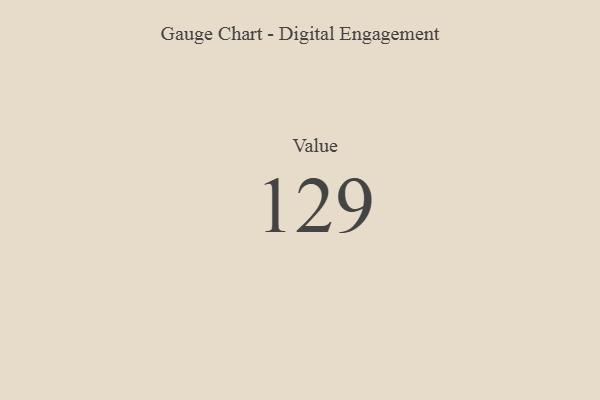
{"axis": {"x": "Metric", "y": "Value"}, "legend": [""], "data": [{"x": "Value", "y": 129, "type": ""}]}